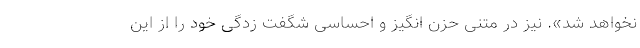
نخواهد شد». نیز در متنی حزن انگیز و احساسی شگفت زدگی خود را از این